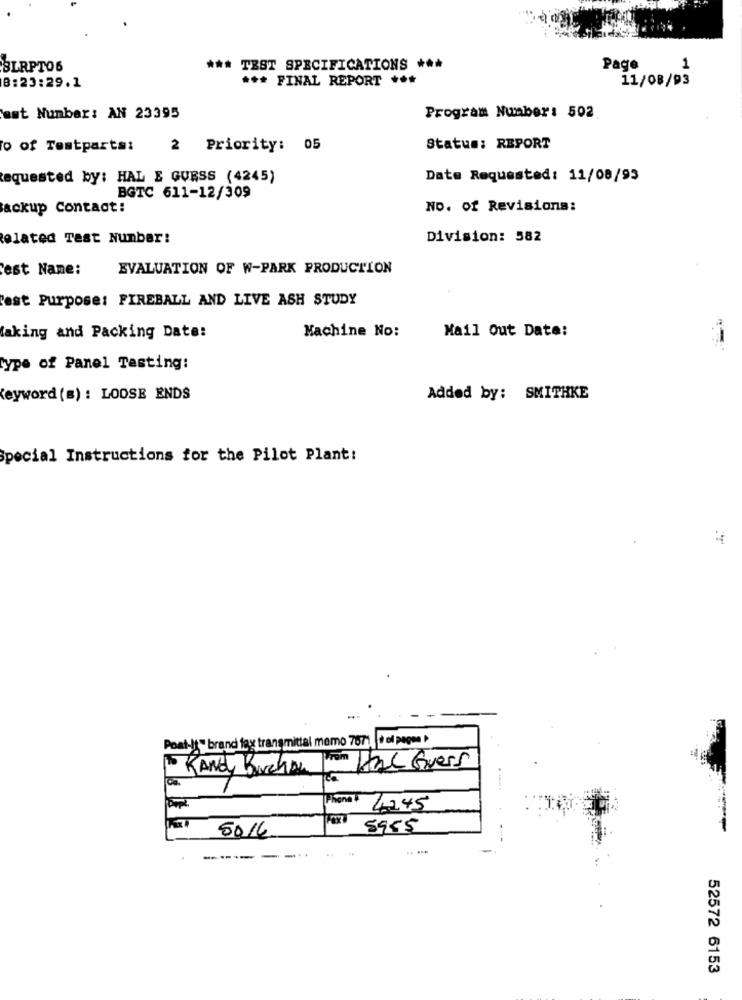
BLRPTO6
***
TEST SPECIFICATIONS ***
Page
1
*** FINAL REPORT ***
11/08/93
B: 23:29.1
est Number: AN 23395
Program Number: 502
o of Testparts:
2 Priority: 05
Status: REPORT
Requested by: HAL E GUESS (4245)
Date Requested: 11/08/93
BGTC 611-12/309
Backup Contact:
NO. of Revisions:
elated Test Number:
Division: 582
est Name:
EVALUATION OF W-PARK PRODUCTION
est Purpose: FIREBALL AND LIVE ASH STUDY
Machine No:
Mail Out Date:
taking and Packing Date:
type of Panel Tasting:
Keyword (s) : LOOSE ENDS
Added by: SMITHKE
Special Instructions for the Pilot Plant:
Post-It " brand fax transmittal memo 7671 |+ of pages
Hal Guess
Phone
4245
5016
5955
----
52572 6153